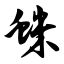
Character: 蛛